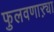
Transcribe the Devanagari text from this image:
फुलवणाऱ्या